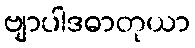
ဗျာပါဒဓာတုယာ